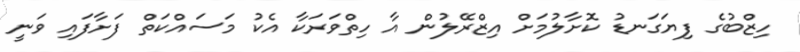
ހިޒްބުގެ ފިޔަގަނޑު ކޮށާލުމަށް އިޒްރޭލުން އާ ހިތްވަރަކާ އެކު މަސައްކަތް ފަށާފައި ވަނީ